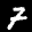
Label: 7